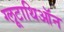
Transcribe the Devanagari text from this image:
ग्लूटाथिऑन